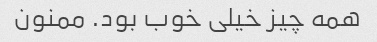
همه چیز خیلی خوب بود. ممنون